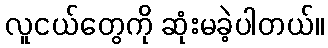
လူငယ်တွေကို ဆုံးမခဲ့ပါတယ်။